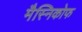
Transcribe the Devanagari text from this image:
मैस्निकोफ